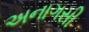
અનાગસી